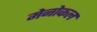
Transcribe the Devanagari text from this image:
मेनोकल